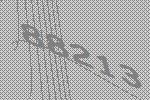
88213